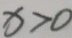
x > 0